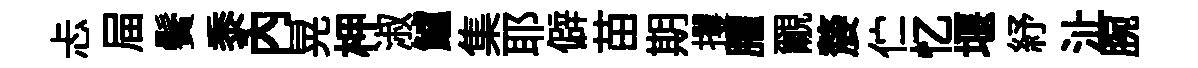
忐屇鬢黍内晃柙淑鱸集耶僻苗期攫臞覼嫠伫忆堰紓沚腕